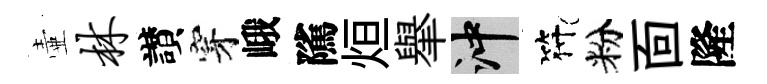
壷林讃穿峨隲烜𦦙冲符粉靣隆